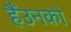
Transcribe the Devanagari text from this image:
हैंउनको